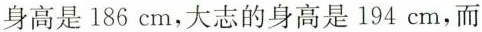
身高是186cm，大志的身高是194cm，而